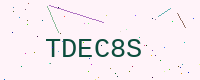
Text: TDEC8S